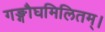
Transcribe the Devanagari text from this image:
गङ्गौघमिलितम्।